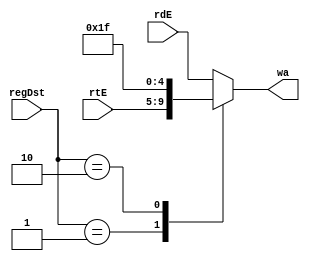
//-----------------------------------------------------------------------------
//  Module: RegDst
//  Desc: determine the write back address for register
//  Inputs Interface:
//    rdE: rd field
//    rtE: rt field
//    regDst: control signal for selecting, 00 for rdE, 01 for rtE, 10 for 31
//  Output Interface:
//    wa : write back address for register
//-----------------------------------------------------------------------------

module RegDst (
               input  [1:0] regDst,
               input  [4:0] rdE, 
               input  [4:0] rtE, 
               output [4:0] wa
);
    reg [4:0] tmp;
 
    assign wa = tmp; 

    always @(*) begin
        case(regDst)
            2'b00:   tmp = rdE;
            2'b01:   tmp = rtE; 
            2'b10:   tmp = 31; 
            default: tmp = rdE; 
        endcase
    end  //end always
        

endmodule